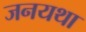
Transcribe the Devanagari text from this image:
जनयथा